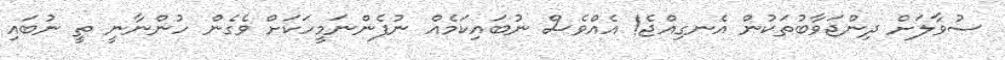
ސުވާލަށް ދިންޖަވާބުތަކުން އެނގިއްޖެ! އެއްވެސް ނުބައިކަމެއް ނުފެންނަމީހަކަށް ވެގެން ހުންނާނީ ތީ ނުބައި